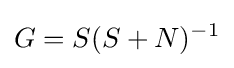
G=S(S+N)^{-1}